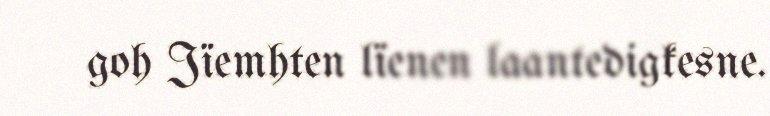
goh Jïemhten lïenen laantedigkesne.